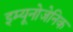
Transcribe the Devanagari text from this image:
इम्यूनोजेनिक